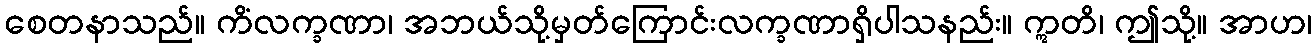
စေတနာသည်။ ကိံလက္ခဏာ၊ အဘယ်သို့မှတ်ကြောင်းလက္ခဏာရှိပါသနည်း။ ဣတိ၊ ဤသို့။ အာဟ၊